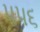
૫૫૬